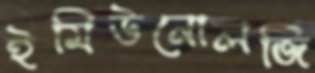
ইমিউনোলজি